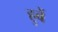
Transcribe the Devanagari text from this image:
हुवें